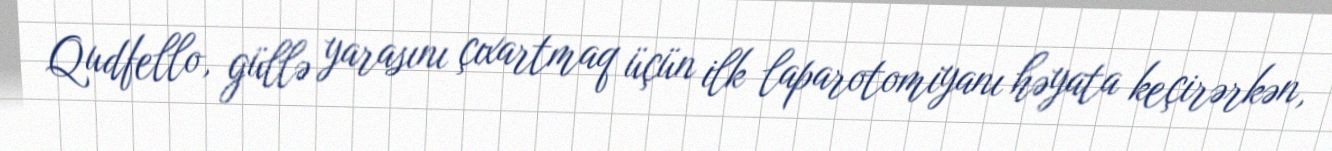
Qudfello, güllə yarasını çıxartmaq üçün ilk laparotomiyanı həyata keçirərkən,